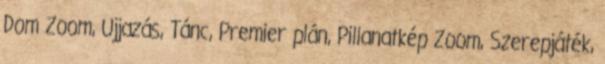
Dom Zoom, Ujjazás, Tánc, Premier plán, Pillanatkép Zoom, Szerepjáték,